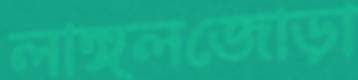
লাঙ্গলজোড়া